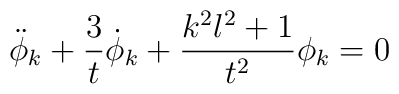
\ddot \phi_k+\frac{3}{t}\dot \phi_k +\frac{k^2l^2+1}{t^2}\phi_k=0